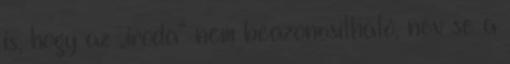
is, hogy az „iroda” nem beazonosítható, név se a